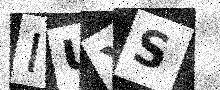
Text: IUXS